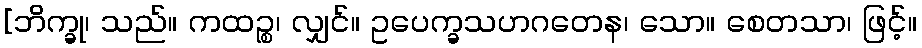
[ဘိက္ခု၊ သည်။ ကထဉ္စ၊ လျှင်။ ဥပေက္ခသဟဂတေန၊ သော။ စေတသာ၊ ဖြင့်။